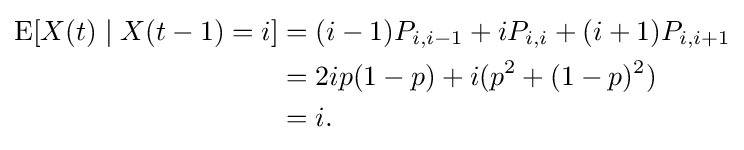
{\begin{aligned}\operatorname {E} [X(t)\mid X(t-1)=i]&=(i-1)P_{i,i-1}+iP_{i,i}+(i+1)P_{i,i+1}\\&=2ip(1-p)+i(p^{2}+(1-p)^{2})\\&=i.\end{aligned}}